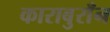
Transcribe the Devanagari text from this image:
काराबुराँन